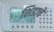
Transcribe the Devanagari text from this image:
शिडाचे